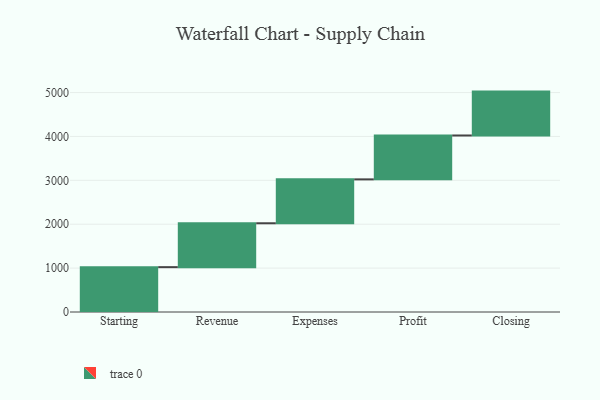
{"axis": {"x": "Step", "y": "Value"}, "legend": [""], "data": [{"x": "Starting", "y": 1022.0, "type": ""}, {"x": "Revenue", "y": 1000, "type": ""}, {"x": "Expenses", "y": 1000, "type": ""}, {"x": "Profit", "y": 1000, "type": ""}, {"x": "Closing", "y": 1000, "type": ""}]}